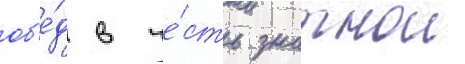
об'е́д в че́сть знатнои